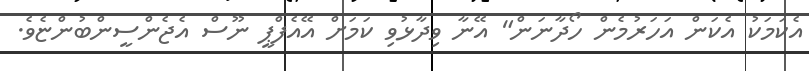
އެކަމަކު އެކަން އަހަރުމެން ހޯދާނަން" އޭނާ ވިދާޅުވި ކަމަށް އޭއެފްޕީ ނޫސް އެޖެންސީންބުންޏެވެ.